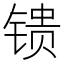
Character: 𬭢